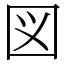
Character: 図